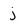
Character: j